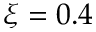
\xi = 0 . 4